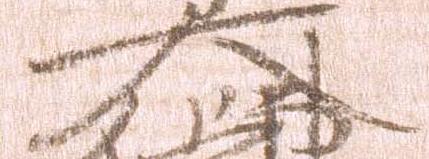
大